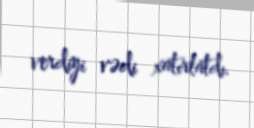
verdiyi vədi xatırlatdı.